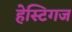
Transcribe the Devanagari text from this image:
हेस्टिगज